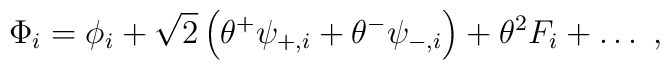
\Phi_i = \phi_{i}+\sqrt{2} \left(\theta^+ \psi_{+,i} + \theta^- \psi_{-,i}   \right) + \theta^2 F_{i} + \ldots \  ,